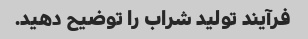
فرآیند تولید شراب را توضیح دهید.